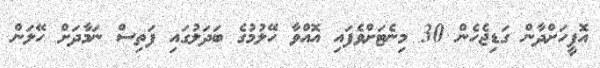
އޮފީހަށްދާން ގަޑިޖެހެން 30 މިނެޓަށްވެފައި އޮއްވާ ހޭލުމުގެ ބަދަލުގައި ފަތިސް ނަމާދަށް ހޭލަން